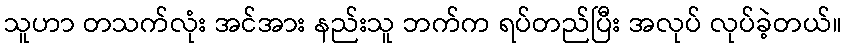
သူဟာ တသက်လုံး အင်အား နည်းသူ ဘက်က ရပ်တည်ပြီး အလုပ် လုပ်ခဲ့တယ်။